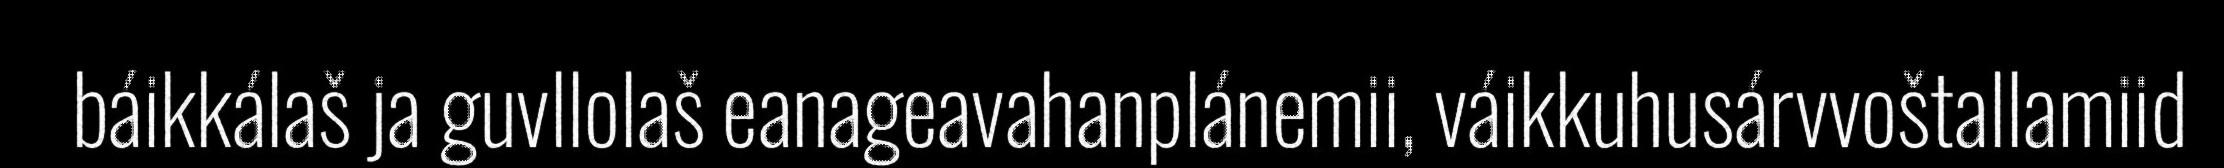
báikkálaš ja guvllolaš eanageavahanplánemii, váikkuhusárvvoštallamiid